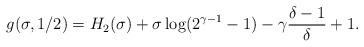
LaTeX: \begin{align*} g(\sigma, 1/2) = H_2(\sigma) + \sigma \log (2^{\gamma-1}-1) -\gamma \frac{\delta-1}{\delta} + 1. \end{align*}